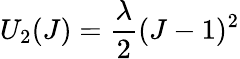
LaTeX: U_{2}(J)=\frac{\lambda}{2}(J-1)^{2}